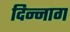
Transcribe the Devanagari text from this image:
दिन्नाग